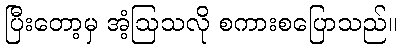
ပြီးတော့မှ အံ့ဩသလို စကားစပြောသည်။